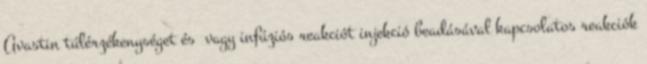
Avastin túlérzékenységet és vagy infúziós reakciót injekció beadásával kapcsolatos reakciók